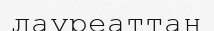
лауреаттан